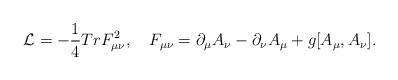
\begin{align*} {\cal L}=-\frac 14 Tr F^2_{\mu\nu}, \ \ \ F_{\mu\nu}=\partial_\mu A_\nu - \partial_\nu A_\mu + g [A_\mu,A_\nu].\end{align*}